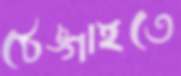
ঠেঙ্গাইতে